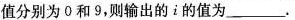
值分别为0和9，则输出的i的值为___.